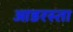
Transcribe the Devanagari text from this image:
आडरस्ता